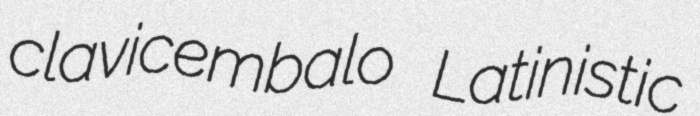
clavicembalo Latinistic